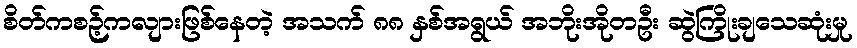
စိတ်ကစဉ့်ကလျားဖြစ်နေတဲ့ အသက် ၈၈ နှစ်အရွယ် အဘိုးအိုတဦး ဆွဲကြိုးချသေဆုံးမှု